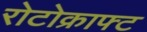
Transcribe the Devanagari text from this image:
रोटोक्राफ्ट